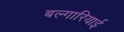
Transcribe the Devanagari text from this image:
बल्गारियाई